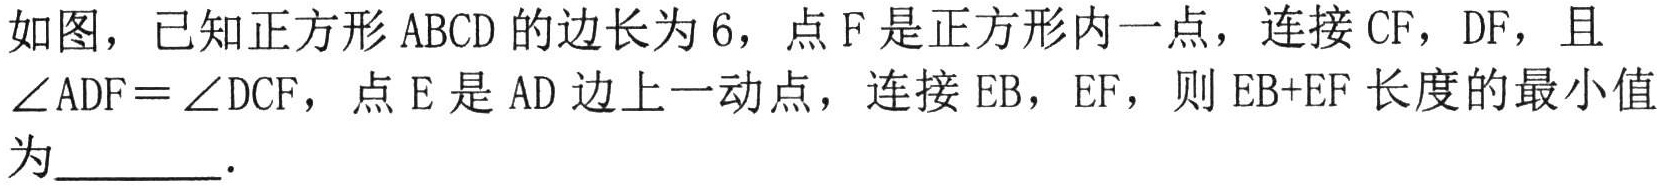
如图，已知正方形 \(ABCD\) 的边长为 \(6\)，点 \(F\) 是正方形内一点，连接 \(CF\)，\(DF\)，且 \(\angle ADF = \angle DCF\)，点 \(E\) 是 \(AD\) 边上一动点，连接 \(EB\)，\(EF\)，则 \(EB + EF\) 长度的最小值为________．